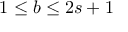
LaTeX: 1 \leq b \leq 2 s + 1